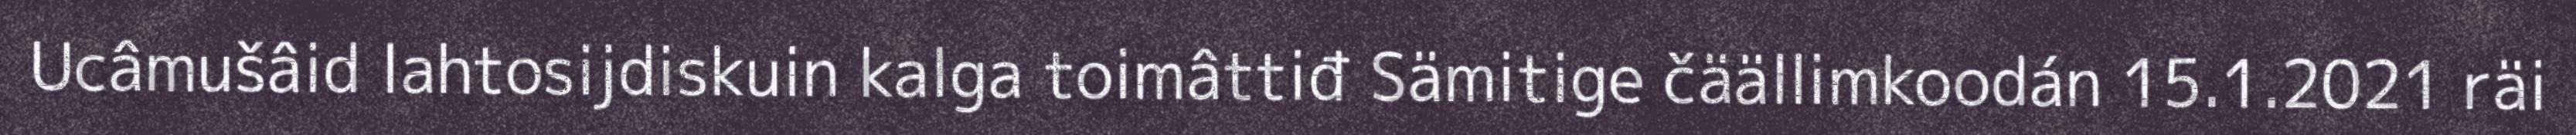
Ucâmušâid lahtosijdiskuin kalga toimâttiđ Sämitige čäällimkoodán 15.1.2021 räi